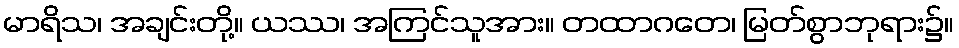
မာရိသ၊ အချင်းတို့။ ယဿ၊ အကြင်သူအား။ တထာဂတေ၊ မြတ်စွာဘုရား၌။